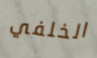
الخلفي